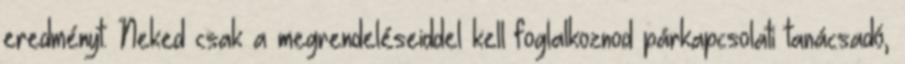
eredményt. Neked csak a megrendeléseiddel kell foglalkoznod párkapcsolati tanácsadó,